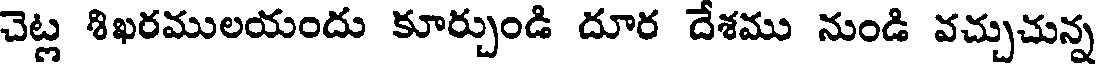
చెట్ల శిఖరములయందు కూర్చుండి దూర దేశము నుండి వచ్చుచున్న